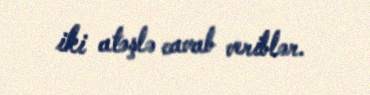
iki atəşlə cavab veriblər.